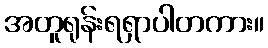
အတူရုန်းရရှာပါတကား။